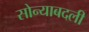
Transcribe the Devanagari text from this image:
सोन्याबदली